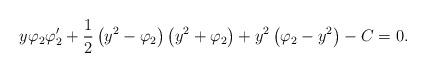
LaTeX: \begin{align*}y\varphi _2\varphi _2'+\frac{1}{2}\left( y^2-\varphi _ 2\right) \left( y^2+\varphi _2\right) +y^2\left( \varphi _2-y^2\right) -C=0.\end{align*}